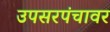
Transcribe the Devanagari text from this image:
उपसरपंचावर